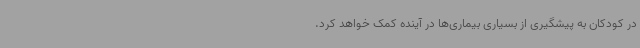
در کودکان به پیشگیری از بسیاری بیماری‌ها در آینده کمک خواهد کرد.